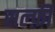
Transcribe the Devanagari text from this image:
सल्फ़ी